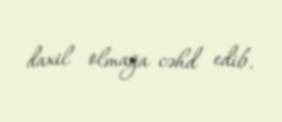
daxil olmağa cəhd edib.